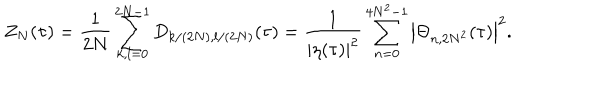
Z _ { N } ( \tau ) = \frac 1 { 2 N } \sum _ { k , l = 0 } ^ { 2 N - 1 } D _ { k / ( 2 N ) , l / ( 2 N ) } ( \tau ) = \frac 1 { | \eta ( \tau ) | ^ { 2 } } \sum _ { n = 0 } ^ { 4 N ^ { 2 } - 1 } \left| \Theta _ { n , 2 N ^ { 2 } } ( \tau ) \right| ^ { 2 } .